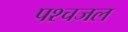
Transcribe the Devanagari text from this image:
पश्चजल